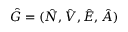
\hat { G } = ( \hat { N } , \hat { V } , \hat { E } , \hat { A } )